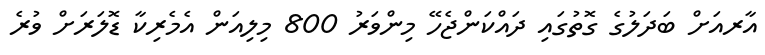
އާރއަށް ބަދަލުގެ ގޮތުގައި ދައްކަންޖެހޭ މިންވަރު 800 މިލިއަން އެމެރިކާ ޑޮލަރަށް ވުރެ